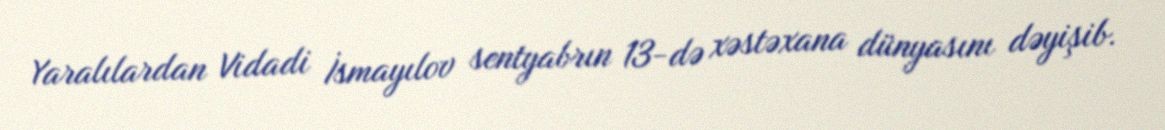
Yaralılardan Vidadi İsmayılov sentyabrın 13-də xəstəxana dünyasını dəyişib.